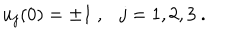
LaTeX: u _ { j } ( 0 ) = \pm 1 \ , \ \ \ j = 1 , 2 , 3 \ .